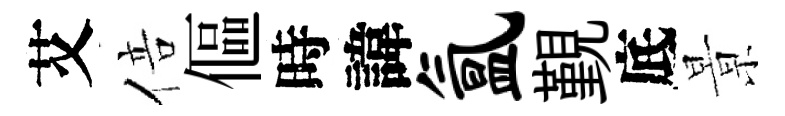
艾倍傴時諱氲覲底㬌